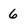
Character: 6